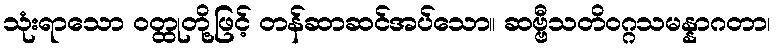
သုံးရာသော ဝတ္ထုတို့ဖြင့် တန်ဆာဆင်အပ်သော။ ဆဗ္ဗီသတိဝဂ္ဂသမန္နာဂတာ၊